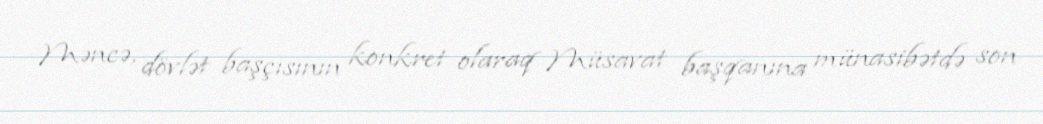
Məncə, dövlət başçısının konkret olaraq Müsavat başqanına münasibətdə son